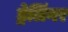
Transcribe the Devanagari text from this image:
ड्रेलिंगर